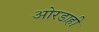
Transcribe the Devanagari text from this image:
ओरडाही